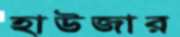
হাউজার